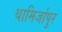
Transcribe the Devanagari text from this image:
थामिर्जापुर